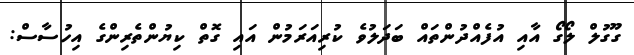
ގޫގުލް ލޯގޯ އާއި އުފެއްދުންތައް ބަދަލުވެ ކުރިއަރަމުން އައި ގޮތް ކިޔުންތެރިންގެ އިހުސާސް: